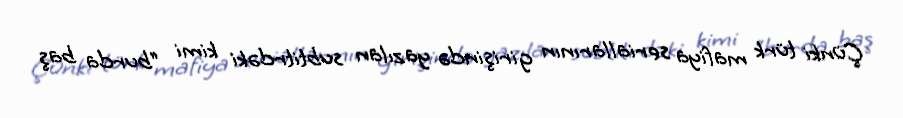
Çünki türk mafiya seriallarının girişində yazılan subtitrdəki kimi “burda baş